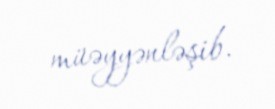
müəyyənləşib.